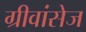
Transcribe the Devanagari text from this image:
ग्रीवांसेज